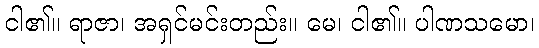
ငါ၏။ ရာဇာ၊ အရှင်မင်းတည်း။ မေ၊ ငါ၏။ ပါဏသမော၊